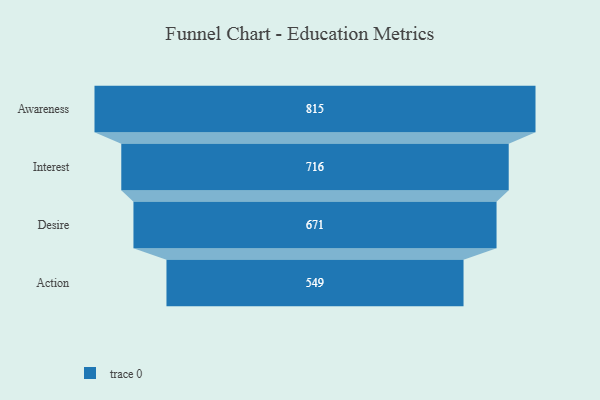
{"axis": {"x": "Stage", "y": "Value"}, "legend": [""], "data": [{"x": "Awareness", "y": 815.0, "type": ""}, {"x": "Interest", "y": 716.0, "type": ""}, {"x": "Desire", "y": 671.0, "type": ""}, {"x": "Action", "y": 549.0, "type": ""}]}